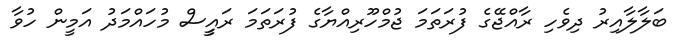
ބަލާލާއިރު ދިވެހި ރާއްޖޭގެ ފުރަތަަމަ ޖުމްހޫރިއްޔާގެ ފުރަތަމަ ރައީީސް މުހައްމަދު އަމީން ހުވާ